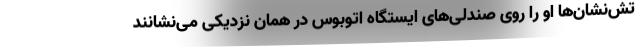
تش‌نشان‌ها او را روی صندلی‌های ایستگاه اتوبوس در همان نزدیکی می‌نشانند